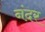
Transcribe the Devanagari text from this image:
नंदर